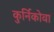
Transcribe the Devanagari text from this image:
कुर्निकोवा